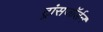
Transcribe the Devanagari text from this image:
ट्रांसजॉर्डन